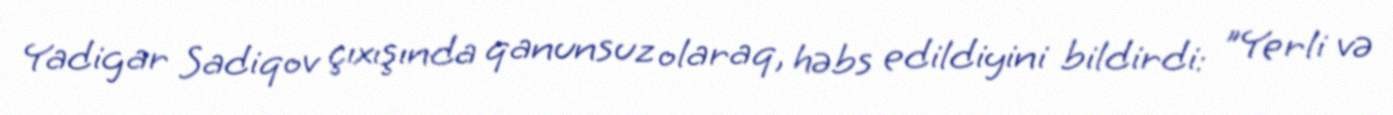
Yadigar Sadiqov çıxışında qanunsuz olaraq, həbs edildiyini bildirdi: "Yerli və